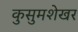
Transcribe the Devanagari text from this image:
कुसुमशेखर